Supplement to the account of plague administration in the Bombay Presidency from September 1896 till May 1897
Year: 1896
Disease focus: Plague
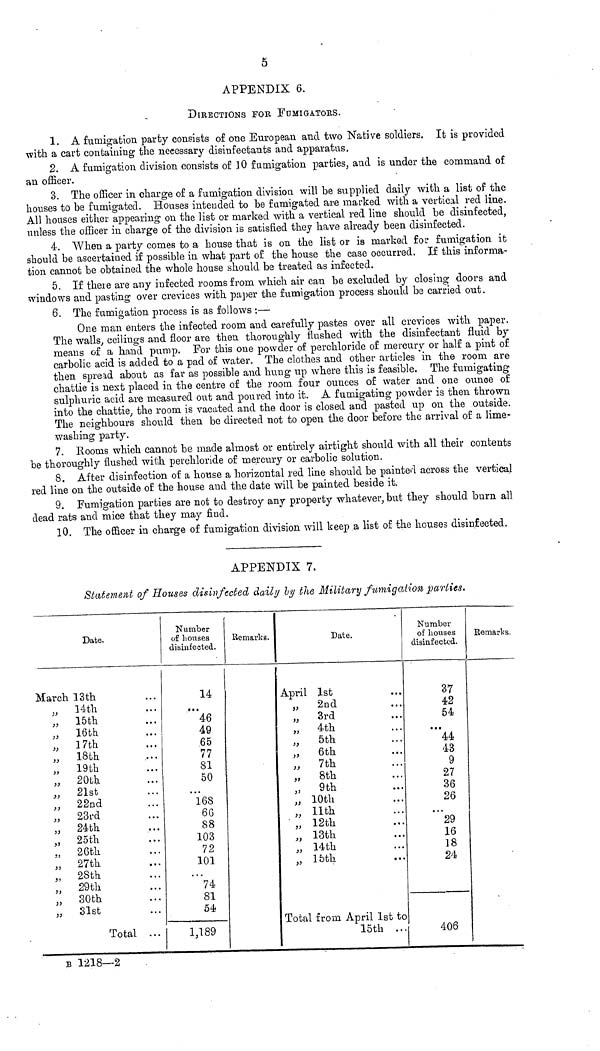
5
APPENDIX 6.
DIRECTIONS FOR FUMIGATOES.
1. A fumigation party consists of one European and two Native soldiers. It is provided
with a cart containing the necessary disinfectants and apparatus.
2. A fumigation division consists of 10 fumigation parties, and is under the command of
an officer.
3. The officer in charge of a fumigation division will be supplied daily with a list of the
houses to be fumigated. Houses intended to be fumigated are marked with a vertical red line.
All houses either appearing on the list or marked with a vertical red line should be disinfected,
unless the officer in charge of the division is satisfied they have already been disinfected.
4. When a party comes to a house that is on the list or is marked for fumigation it
should be ascertained if possible in what part of the house the case occurred. If this informa-
tion cannot be obtained the whole house should be treated as infected.
5. If there are any infected rooms from which air can be excluded by closing doors and
windows and pasting over crevices with paper the fumigation process should be carried ont.
6. The fumigation process is as follows :—
One man enters the infected room and carefully pastes over all crevices with paper.
The walls, ceilings and floor are then thoroughly flushed with the disinfectant fluid by
means of a hand pump. For this one powder of perchloride of mercury or half a pint of
carbolic acid is added to a pad of water. The clothes and other articles in the room are
then spread about as far as possible and hung up where this is feasible. The fumigating
chattie is nest placed in the centre of the room four ounces of water and one ounoe of
sulphuric acid are measured out and poured into it. A fumigating powder is then thrown
into the chattie, the room is vacated and the door is closed and pasted up on the outside.
The neighbours should then be directed not to open the door before the arrival of a lime-
washing party.
7. Rooms which cannot be made almost or entirely airtight should with all their contents
be thoroughly flushed with perchloride of mercury or carbolic solution.
8. After disinfection of a house a horizontal red line should be painted across the vertical
red line on the outside of the house and the date will be painted beside it.
9. Fumigation parties are not to destroy any property whatever, but they should burn all
dead rats and mice that they may find.
10. The officer in charge of fumigation division will keep a list of the houses disinfected.
APPENDIX 7,
Statement of Houses disinfected daily by the Military fumigation parties.
Date.
March 13th
„ 14th
„ 15th
„ 16th
„ 17th
„ 18th
19th
„
20th
„ 21st
„ 22nd
„ 23rd
„ 24th
„ 25th
„ 26th
„ 27th
„ 28th
„ 29th
„ 30th
„ 31st
Total
...
...
...
...
...
...
...
...
...
...
...
...
Number
of houses
disinfected.
14
...
46
49
65
77
81
50
...
168
66
88
103
72
101
74
81
54
1,189
Remarks.
Date.
April 1st
„ 2nd
„ 3rd
„ 4th
,, 5th
„ 6th
„ 7th
„ 8th
„ 9th
„ 10th
„ 11th
„ 12th
„ 13th
„ 14th
„ 15th
...
...
...
...
...
...
...
...
...
...
...
...
Total from April 1st to
15th ...
Number
of houses
disinfected.
37
42
54
...
44
43
9
27
36
26
...
29
16
18
24
406
Remarks.
B 1218—2